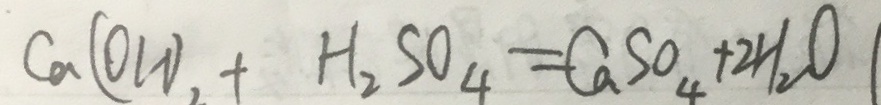
C a ( O H ) _ { 2 } + H _ { 2 } S O _ { 4 } = C a S O _ { 4 } + 2 H _ { 2 } O